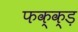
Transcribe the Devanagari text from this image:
फक्क्ड़